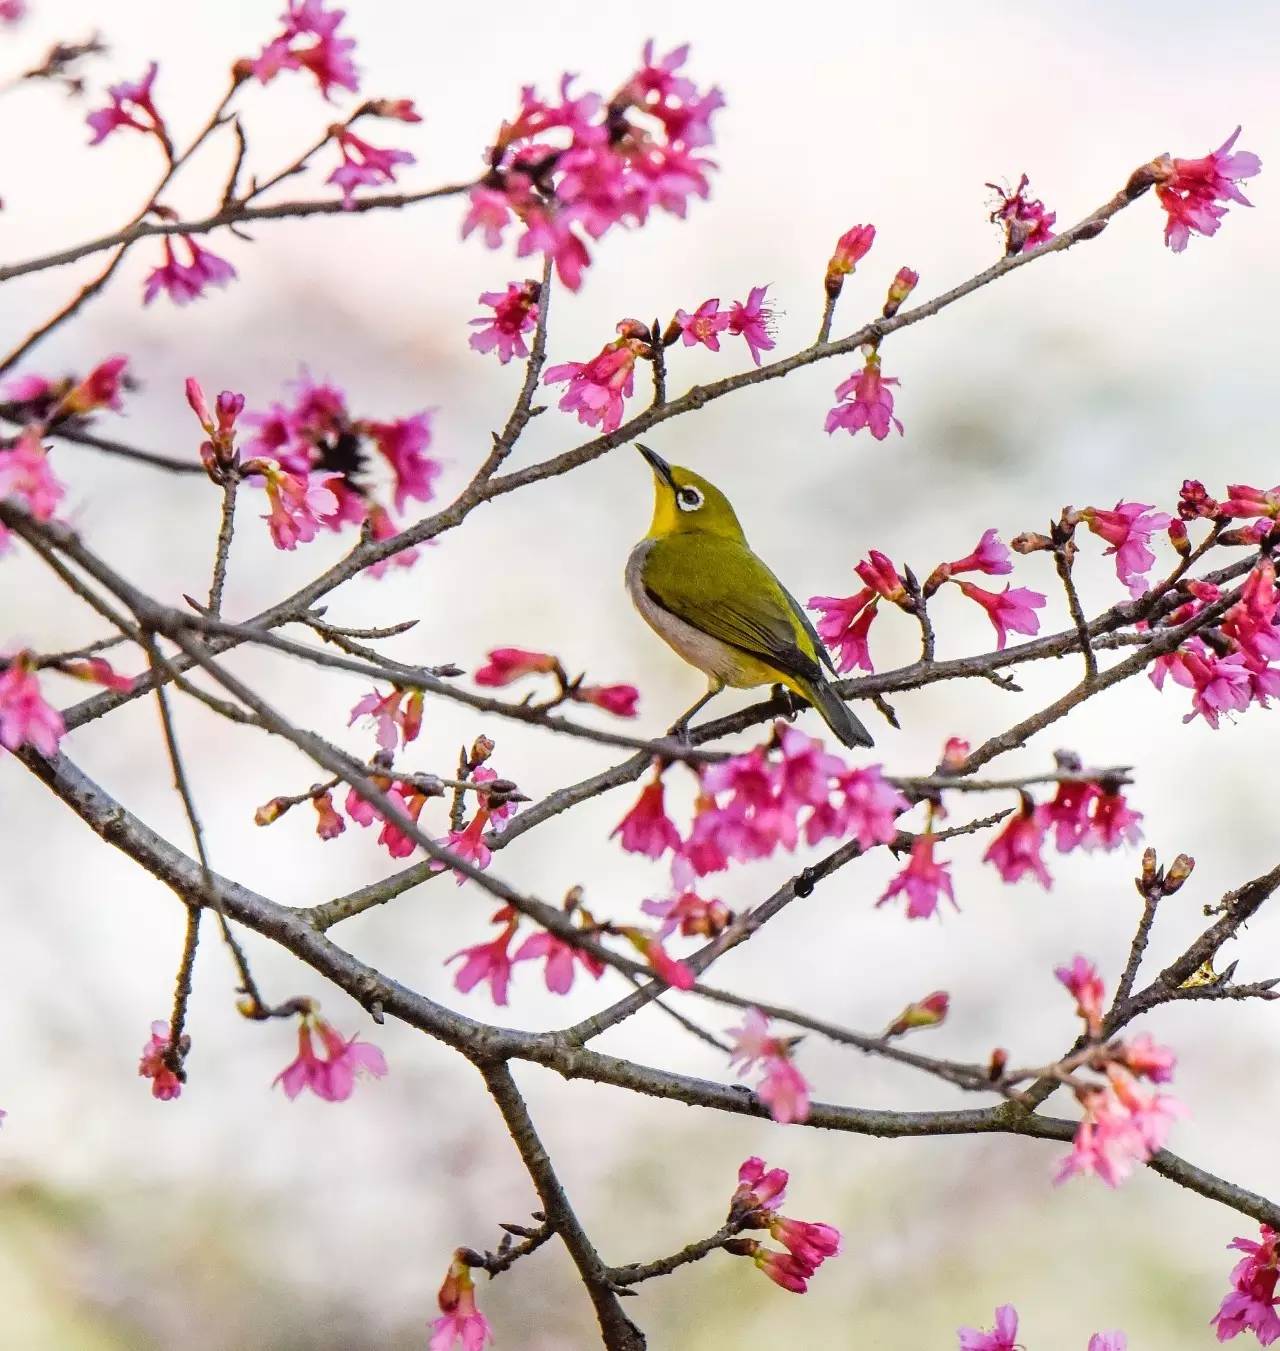
莺初解语，最是一年春好处。